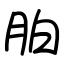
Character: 胉